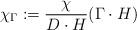
LaTeX: \begin{align*}\chi_\Gamma:=\frac{\chi}{D \cdot H} (\Gamma\cdot H)\end{align*}